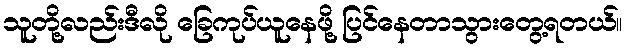
သူတို့လည်းဒီလို ခြေကုပ်ယူနေဖို့ ပြင်နေတာသွားတွေ့ရတယ်။